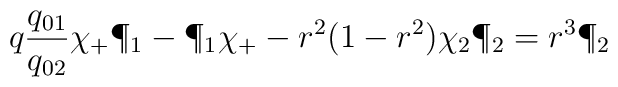
q{q_{01} \over q_{02}} \chi_+ \P_1-\P_1 \chi_+-r^2 (1-r^2)   \chi_2 \P_2=r^3 \P_2